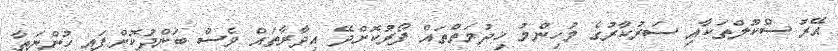
އޭރު ސްކޫލްތަކާއި ސަރުކާރުގެ މުހިންމު ޚިދުމަތްތައް ފޯރުކޮށްދޭ އިދާރާތައް ވެސް ބަންދުކޮށްފައި ހުންނަތާ